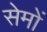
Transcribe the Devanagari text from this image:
सेमों